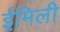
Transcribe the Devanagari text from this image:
ईमिली